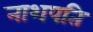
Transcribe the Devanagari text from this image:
नाशपति